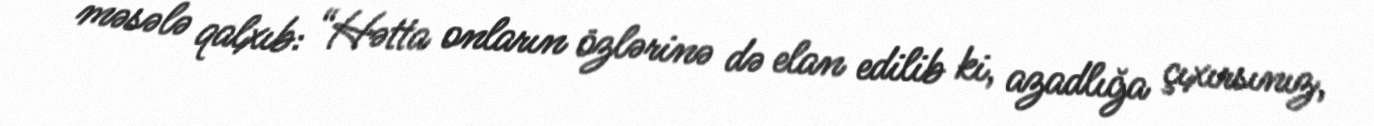
məsələ qalxıb: “Hətta onların özlərinə də elan edilib ki, azadlığa çıxırsınız,